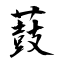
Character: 薣